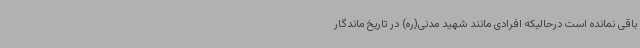
باقی نمانده است درحالیکه افرادی مانند شهید مدنی(ره) در تاریخ ماندگار